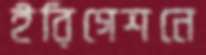
ইরিগেশনে